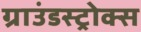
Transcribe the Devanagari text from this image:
ग्राउंडस्ट्रोक्स